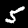
Digit: 5